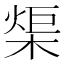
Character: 㮡